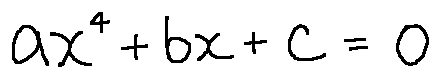
a x ^ { 4 } + b x + c = 0